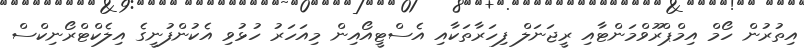
އިތުރުން ހޯމް އިމްޕްރޫވްމަންޓާއި ރީޖަނަލް ފިހަރާތަކާއި އެސްޓީއޯއިން މިއަހަރު ހުޅުވި އެކުންފުނީގެ އިލެކްޓްރޯނިކްސް